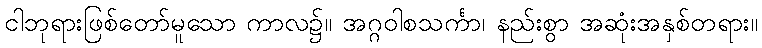
ငါဘုရားဖြစ်တော်မူသော ကာလ၌။ အဂ္ဂဝါစသင်္ကာ၊ နည်းစွာ အဆုံးအနှစ်တရား။